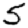
Digit: 5